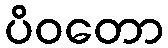
ပိဝတော